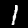
Digit: 1